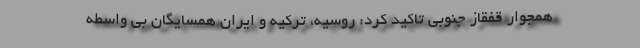
همجوار قفقاز جنوبی تاکید کرد: روسیه، ترکیه و ایران همسایگان بی واسطه